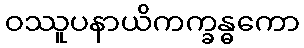
ဝဿူပနာယိကက္ခန္ဓကော